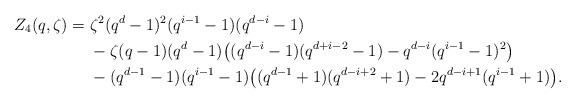
LaTeX: \begin{align*} Z_4(q,\zeta) =& \; \zeta^2 (q^d-1)^2(q^{i-1}-1)(q^{d-i}-1)\\ & \; - \zeta (q-1) (q^d-1) \big( (q^{d-i}-1)(q^{d+i-2}-1) - q^{d-i}(q^{i-1}-1)^2 \big)\\ & \; - (q^{d-1}-1)(q^{i-1}-1) \big( (q^{d-1}+1)(q^{d-i+2}+1) - 2 q^{d-i+1} (q^{i-1}+1) \big).\end{align*}